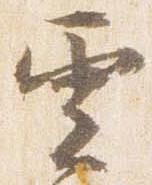
雲